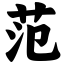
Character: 范